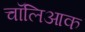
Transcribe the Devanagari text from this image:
चॉलिआक